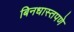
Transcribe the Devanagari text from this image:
बिनधास्तपणे